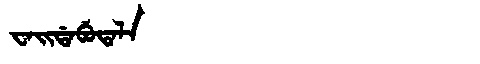
Manchu: ᠸᠠᡳᡩᠠᠪᡠᡨᠠᠯᠠ
Romanization: WAIDABUTALA